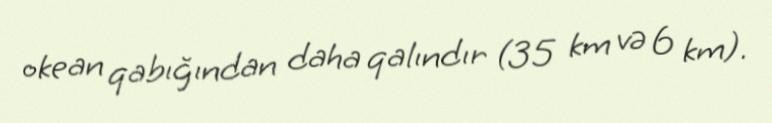
okean qabığından daha qalındır (35 km və 6 km).